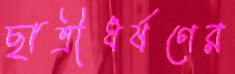
ছাত্রীধর্ষণের